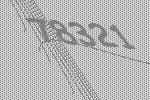
78321